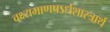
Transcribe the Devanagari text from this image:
वक्ष्यमाणषऽर्धशास्त्रार्थ